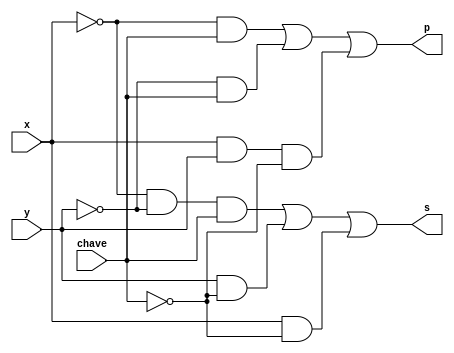
// -------------------------
// Exemplo0033 - F4
// Nome: Davidson Francis
// -------------------------


// -------------------------
// f4_gate
// -------------------------

module f4 (output s, output p,
            input  x,
            input  y,
            input  chave);
  assign s = (~x & ~y & chave) | (y & ~chave) | (x & ~chave);
  assign p = (~x & chave) | (~y & chave) | (x & y & ~chave);
endmodule


module test_f4;

// ------------------------- definir dados
reg  a;
reg  b;
reg  c;
wire s1,s2;

f4 modulo (s1,s2,   a,b,c);


initial begin:start
  a=0;b=0;c=0;
end


// ------------------------- parte principal
initial begin:main
  $display("Exemplo0033 - Davidson Francis - 466499");
  $display("Test LU's module");
  
  $display("a  b  chave  saida1  saida2");
  $monitor("%b  %b  %b      %b   %b", a,b,c, s1,s2);
 
  #1 a = 0; b = 0; c = 0;
  #1 a = 0; b = 0; c = 1;
  #1 a = 0; b = 1; c = 0;
  #1 a = 0; b = 1; c = 1;
  #1 a = 1; b = 0; c = 0;
  #1 a = 1; b = 0; c = 1;
  #1 a = 1; b = 1; c = 0;
  #1 a = 1; b = 1; c = 1;
end
endmodule